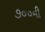
૭૦૦ની